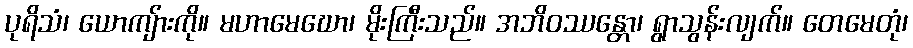
ပုရိသံ၊ ယောကျ်ားကို။ မဟာမေဃော၊ မိုးကြီးသည်။ အဘိဝဿန္တော၊ ရွာသွန်းလျက်။ တေမေတုံ၊